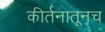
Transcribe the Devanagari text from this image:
कीर्तनातूनच